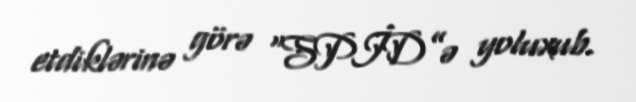
etdiklərinə görə “SPİD”ə yoluxub.